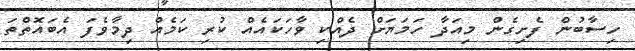
ހިސާބުން ފެށިގެން މިއަދާ ހަމަޔަށް ދެއްކި ވާހަކައެއް ކުރި ކަމެއް ދިމާވެފަ އެބައޮތްތަ